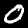
Label: 0